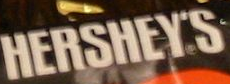
HERSHEY'S